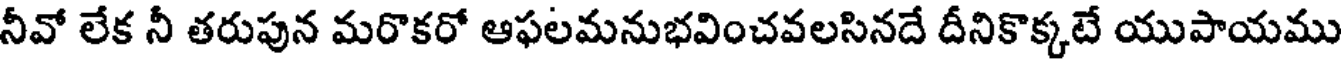
నీవో లేక నీ తరుపున మరొకరో ఆఫలమనుభవించవలసినదే దీనికొక్కటే యుపాయము